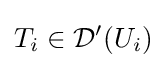
T_{i}\in {\mathcal {D}}'(U_{i})